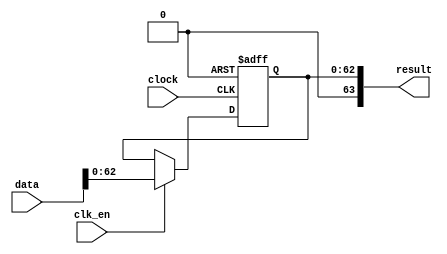
module  acl_fp_fabs_double_altfp_abs_v4b
	( 
	clk_en,
	clock,
	data,
	result) ;
	input   clk_en;
	input   clock;
	input   [63:0]  data;
	output   [63:0]  result;
`ifndef ALTERA_RESERVED_QIS
// synopsys translate_off
`endif
	tri1   clk_en;
	tri0   clock;
`ifndef ALTERA_RESERVED_QIS
// synopsys translate_on
`endif

	reg	[62:0]	result_pipe;
	wire aclr;
	wire  [63:0]  data_w;
	wire  gnd_w;

	// synopsys translate_off
	initial
		result_pipe = 0;
	// synopsys translate_on
	always @ ( posedge clock or  posedge aclr)
		if (aclr == 1'b1) result_pipe <= 63'b0;
		else if  (clk_en == 1'b1)   result_pipe <= data_w[62:0];
	assign
		aclr = 1'b0,
		data_w = {gnd_w, data[62:0]},
		gnd_w = 1'b0,
		result = {data_w[63], result_pipe[62:0]};
endmodule